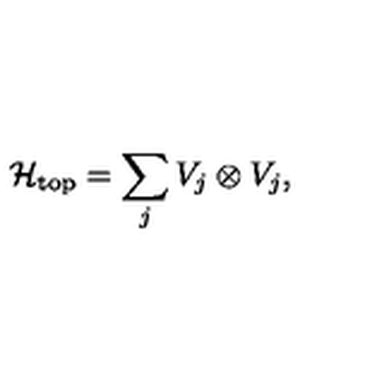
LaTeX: { \cal H } _ { \mathrm { t o p } } = \sum _ { j } V _ { j } \otimes V _ { j } ,